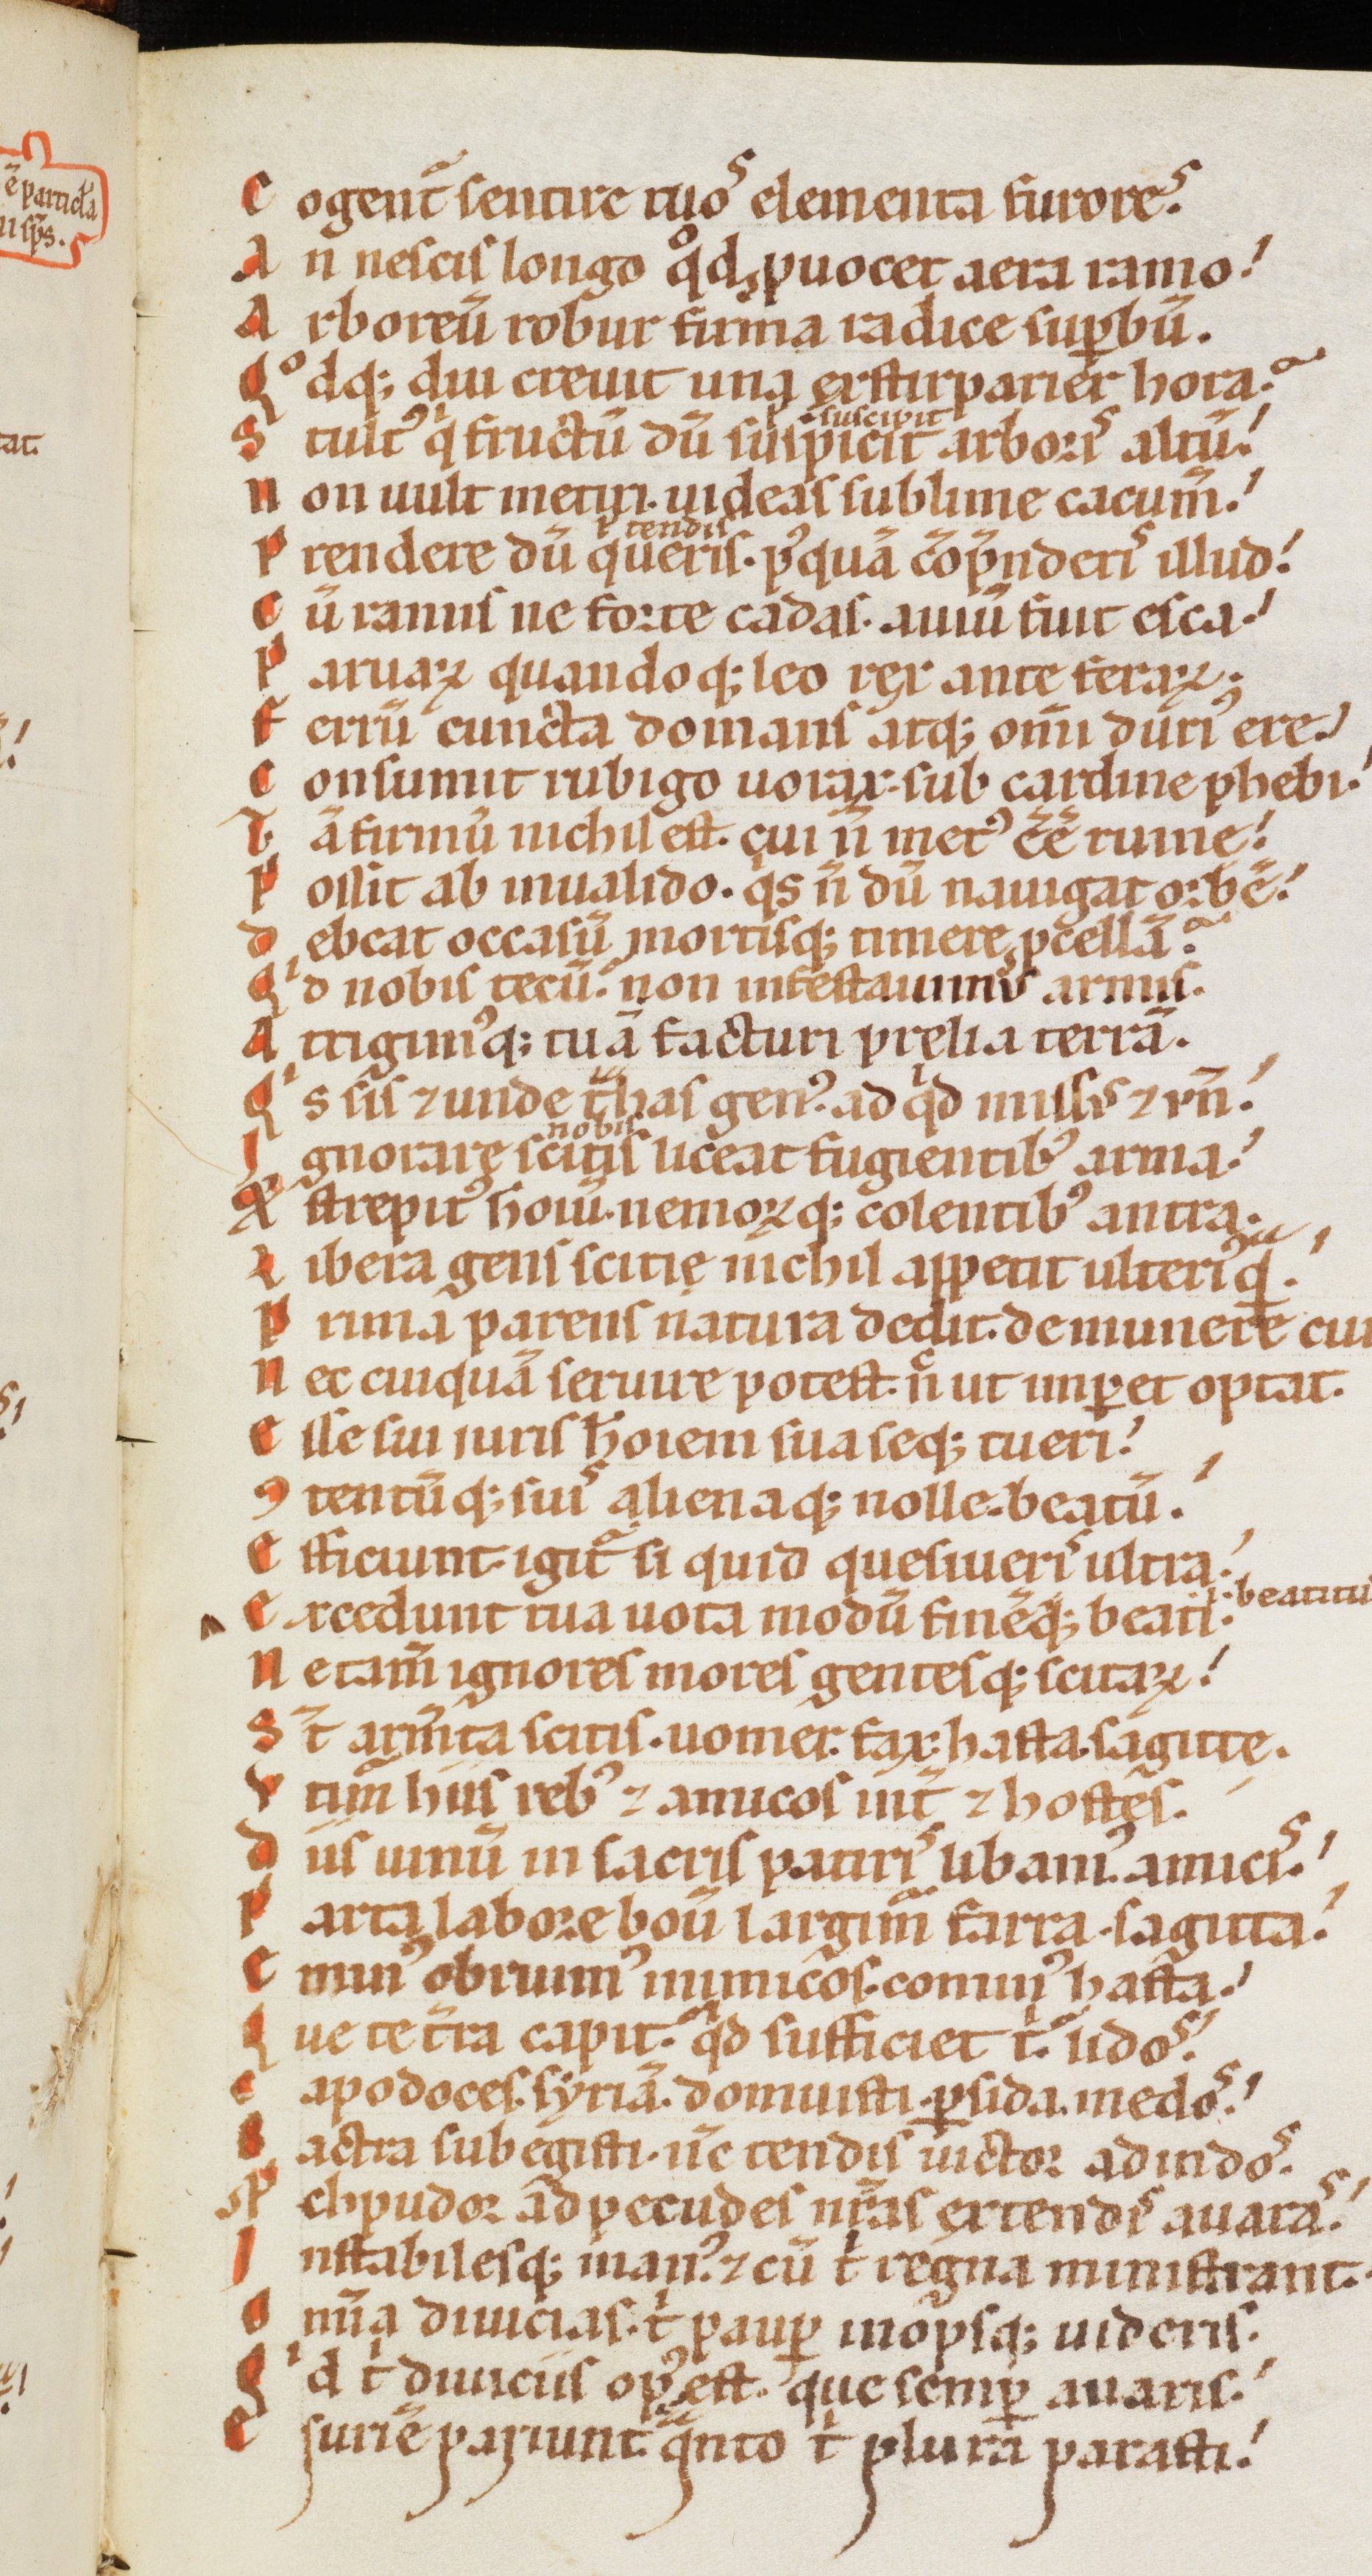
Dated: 1170–1180